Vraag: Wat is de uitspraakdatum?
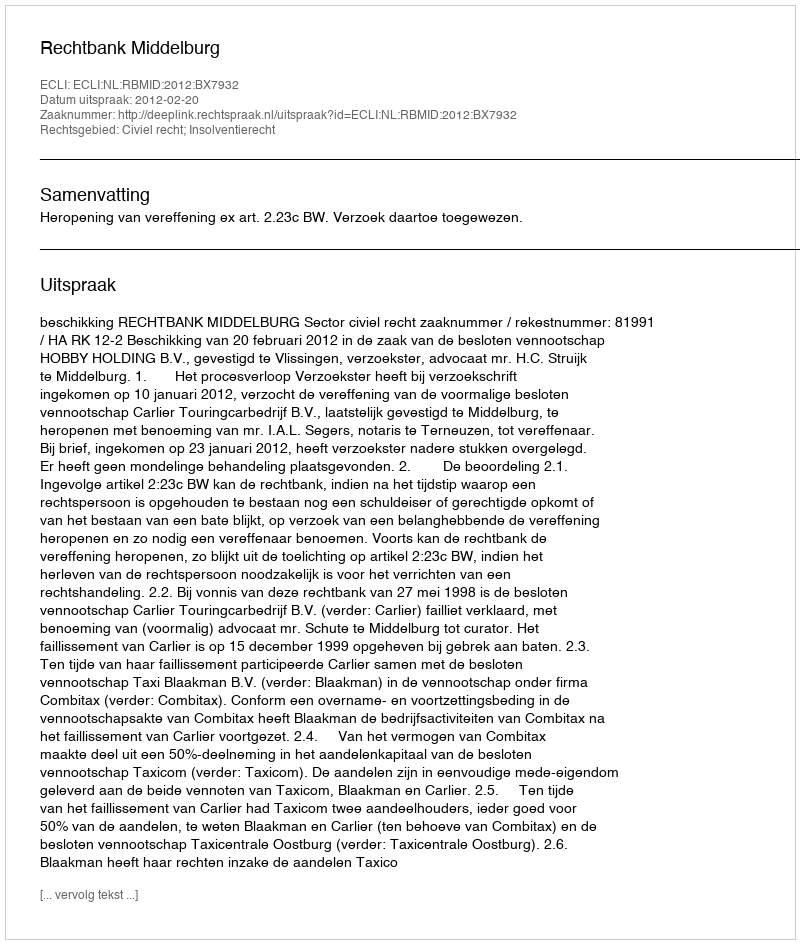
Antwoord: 2012-02-20